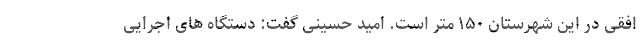
افقی در این شهرستان ۱۵۰ متر است. امید حسینی گفت: دستگاه های اجرایی